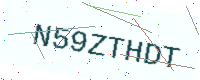
Text: N59ZTHDT